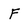
Character: F